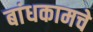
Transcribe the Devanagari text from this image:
बांधकामचे